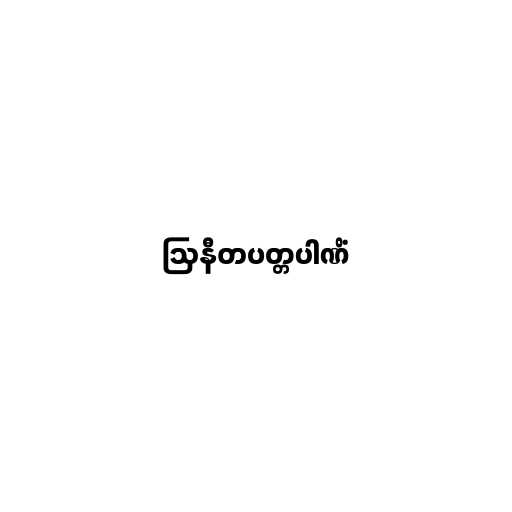
ဩနီတပတ္တပါဏိံ